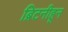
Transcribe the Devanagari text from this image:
ब्रिटनीहून